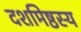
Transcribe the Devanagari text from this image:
दशमिष्ठस्य